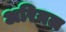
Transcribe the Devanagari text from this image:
अरियल